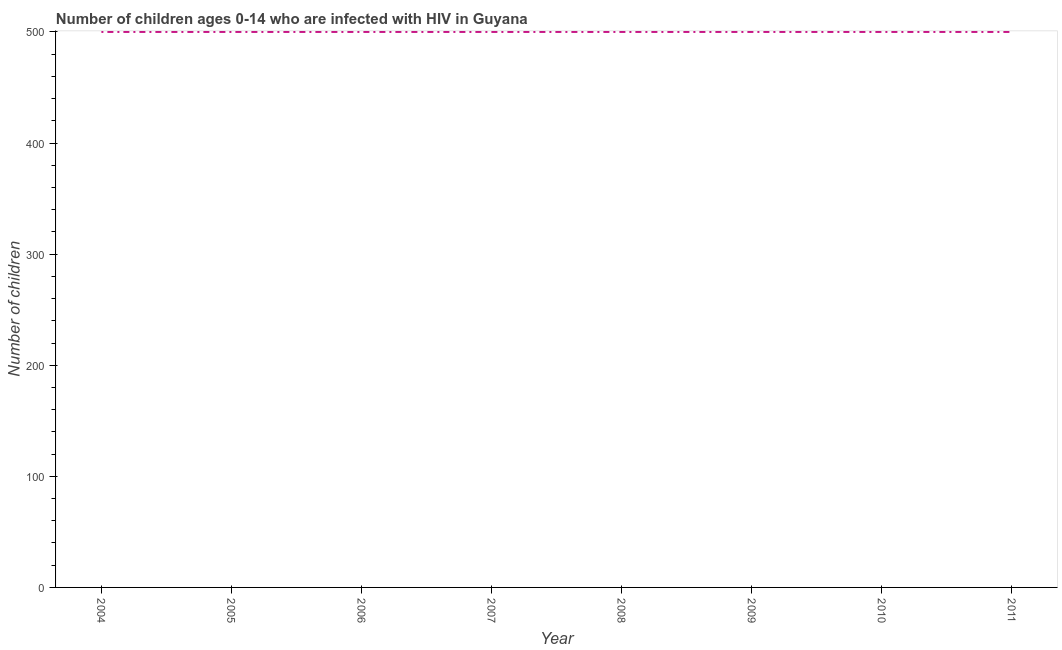
| Year | Children (0-14) living with HIV |
 | --- | --- |
 | 2004 | 500 |
 | 2005 | 500 |
 | 2006 | 500 |
 | 2007 | 500 |
 | 2008 | 500 |
 | 2009 | 500 |
 | 2010 | 500 |
 | 2011 | 500 |